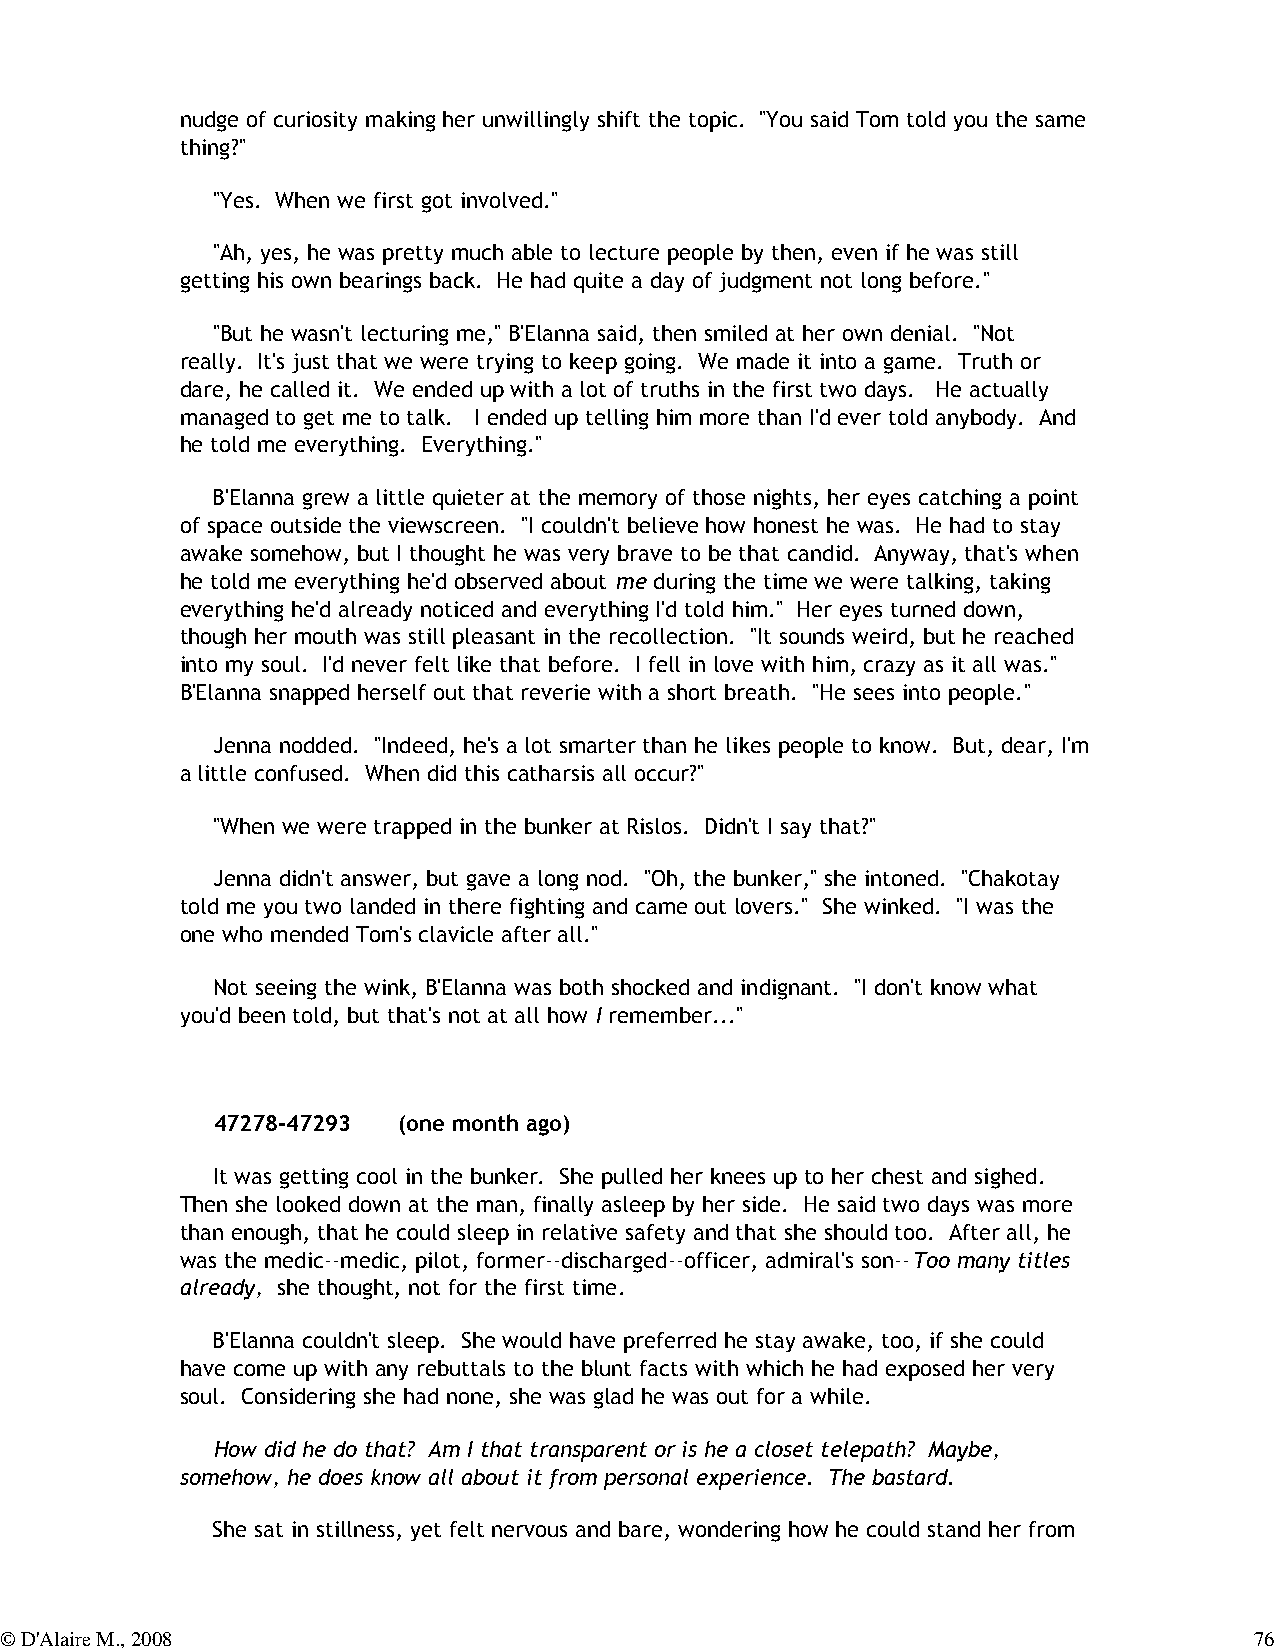
nudge of curiosity making her unwillingly shift the topic. "You said Tom told you the same
 thing?"
 "Yes. When we first got involved."
 "Ah, yes, he was pretty much able to lecture people by then, even if he was still
 getting his own bearings back. He had quite a day of judgment not long before."
 "But he wasn't lecturing me," B'Elanna said, then smiled at her own denial. "Not
 really. It's just that we were trying to keep going. We made it into a game. Truth or
 dare, he called it. We ended up with a lot of truths in the first two days. He actually
 managed to get me to talk. I ended up telling him more than I'd ever told anybody. And
 he told me everything. Everything."
 B'Elanna grew a little quieter at the memory of those nights, her eyes catching a point
 of space outside the viewscreen. "I couldn't believe how honest he was. He had to stay
 awake somehow, but I thought he was very brave to be that candid. Anyway, that's when
 he told me everything he'd observed about me during the time we were talking, taking
 everything he'd already noticed and everything I'd told him." Her eyes turned down,
 though her mouth was still pleasant in the recollection. "It sounds weird, but he reached
 into my soul. I'd never felt like that before. I fell in love with him, crazy as it all was."
 B'Elanna snapped herself out that reverie with a short breath. "He sees into people."
 Jenna nodded. "Indeed, he's a lot smarter than he likes people to know. But, dear, I'm
 a little confused. When did this catharsis all occur?"
 "When we were trapped in the bunker at Rislos. Didn't I say that?"
 Jenna didn't answer, but gave a long nod. "Oh, the bunker," she intoned. "Chakotay
 told me you two landed in there fighting and came out lovers." She winked. "I was the
 one who mended Tom's clavicle after all."
 Not seeing the wink, B'Elanna was both shocked and indignant. "I don't know what
 you'd been told, but that's not at all how I remember..."
 47278-47293 (one month ago)
 It was getting cool in the bunker. She pulled her knees up to her chest and sighed.
 Then she looked down at the man, finally asleep by her side. He said two days was more
 than enough, that he could sleep in relative safety and that she should too. After all, he
 was the medic--medic, pilot, former--discharged--officer, admiral's son--Too many titles
 already, she thought, not for the first time.
 B'Elanna couldn't sleep. She would have preferred he stay awake, too, if she could
 have come up with any rebuttals to the blunt facts with which he had exposed her very
 soul. Considering she had none, she was glad he was out for a while.
 How did he do that? Am I that transparent or is he a closet telepath? Maybe,
 somehow, he does know all about it from personal experience. The bastard.
 She sat in stillness, yet felt nervous and bare, wondering how he could stand her from
 © D'Alaire M., 2008                                                                76